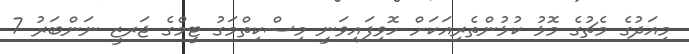
މިއަދުގެ މެޗުގެ މޮޅު ކުޅުންތެރިއަކަށް ހޮވިފައިވަނީ މިސްކިތްމަގު ޓީމްގެ ޖަރޒީ ނަންބަރު 7